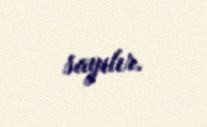
sayılır.